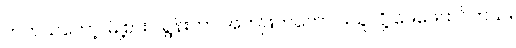
တကယ်တော့ မြို့စားပါရွန်းဟာ အကဲဖြတ်ကောင်းသူလို့ ဖေဖေထင်တယ်။